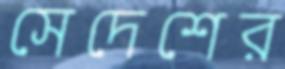
সেদেশের